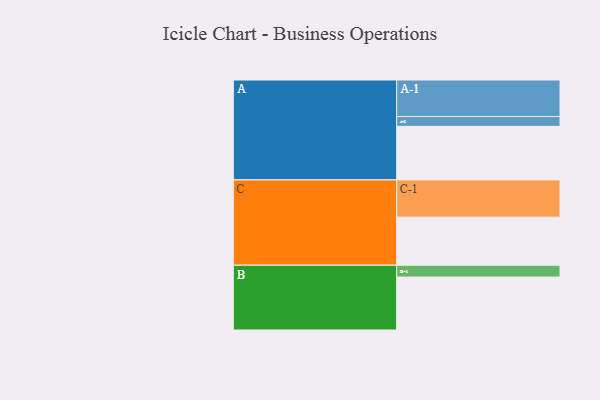
{"axis": {"x": "Segment", "y": "Value"}, "legend": ["", "A", "B", "C"], "data": [{"x": "A", "y": 372, "type": ""}, {"x": "B", "y": 368, "type": ""}, {"x": "C", "y": 334, "type": ""}, {"x": "A-1", "y": 254, "type": "A"}, {"x": "A-2", "y": 68, "type": "A"}, {"x": "B-1", "y": 82, "type": "B"}, {"x": "C-1", "y": 259, "type": "C"}]}